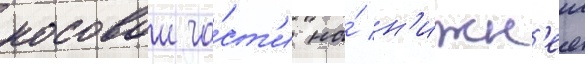
носовои ча́ст'и на́ н'ижн'еи